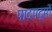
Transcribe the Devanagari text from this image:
पादपद्मों